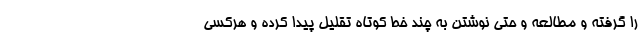
را گرفته و مطالعه و حتی نوشتن به چند خط کوتاه تقلیل پیدا کرده و هرکسی